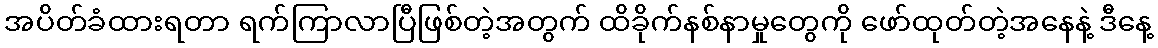
အပိတ်ခံထားရတာ ရက်ကြာလာပြီဖြစ်တဲ့အတွက် ထိခိုက်နစ်နာမှုတွေကို ဖော်ထုတ်တဲ့အနေနဲ့ ဒီနေ့